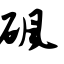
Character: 砜